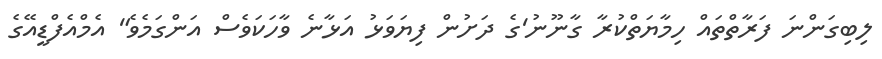
ލިބިގަންނަ ފަރާތްތައް ހިމާޔަތްކުރާ ގާނޫނު'ގެ ދަށުން ފިޔަވަޅު އަޅާނެ ވާހަކަވެސް އަންގަމެވެ" އެމްއެފްޑީއޭގެ